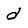
Character: d